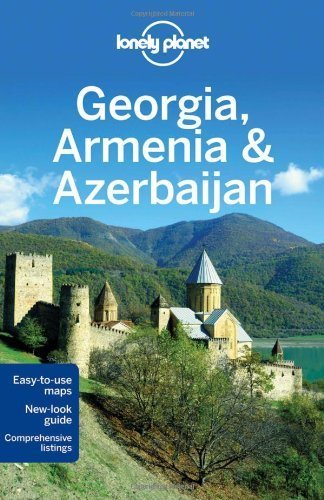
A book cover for Lonely Planet Georgia, Armenia & Azerbaijan (Travel Guide) by Lonely Planet, Noble, Kohn, Systermans (2012) Paperback; Travel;